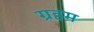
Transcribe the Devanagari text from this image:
ग्रहम